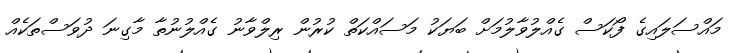
މައްސަލައިގެ ފޯކަސް ގެއްލުވާލުމަށް ބަޔަކު މަސައްކަތް ކުރުން ރިލްވާނު ގެއްލުނުތާ މާގިނަ ދުވަސްތަކެއް